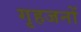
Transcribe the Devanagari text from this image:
गृहजनों